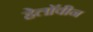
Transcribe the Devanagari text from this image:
हेलाॅवीन